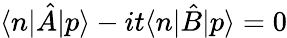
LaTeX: \langle n|\hat{A}|p\rangle-it\langle n|\hat{B}|p\rangle=0